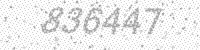
Solution: 836447